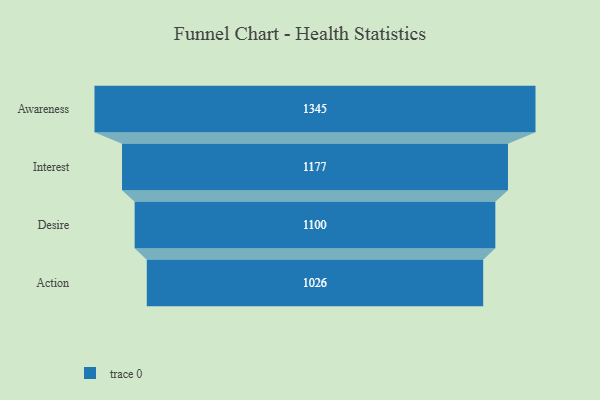
{"axis": {"x": "Stage", "y": "Value"}, "legend": [""], "data": [{"x": "Awareness", "y": 1345.0, "type": ""}, {"x": "Interest", "y": 1177.0, "type": ""}, {"x": "Desire", "y": 1100.0, "type": ""}, {"x": "Action", "y": 1026.0, "type": ""}]}